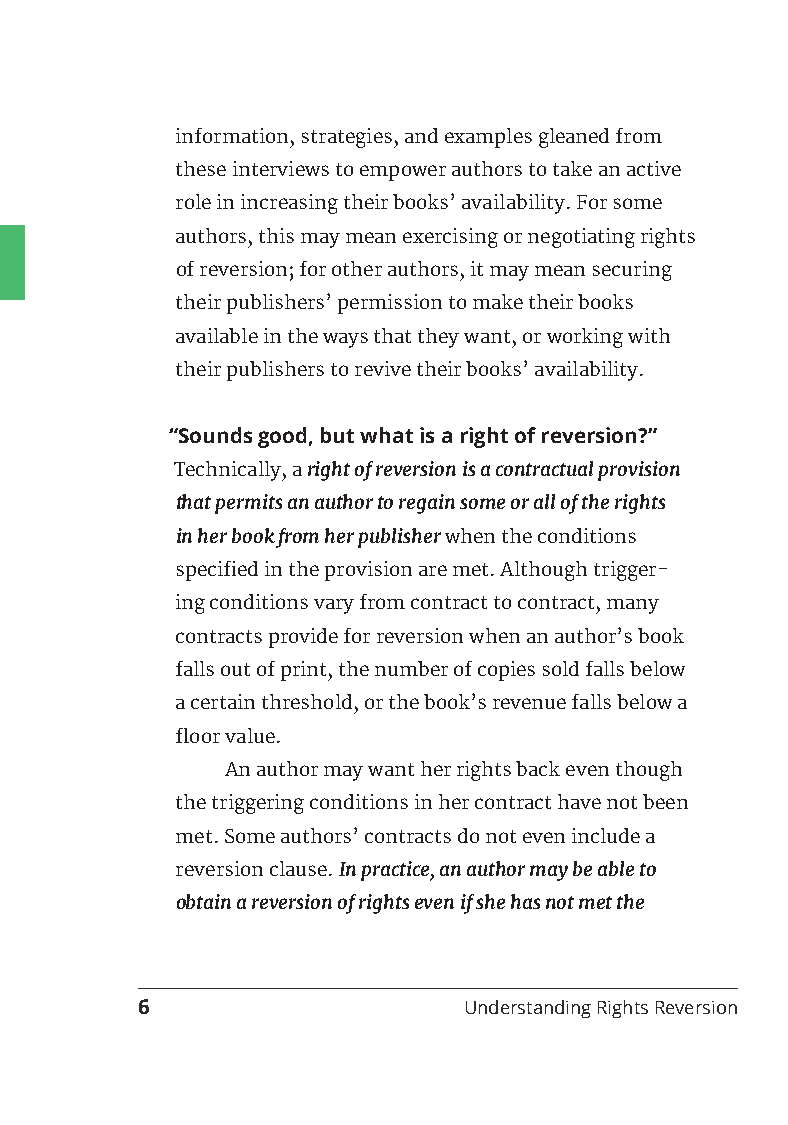
information, strategies, and examples gleaned from
 these interviews to empower authors to take an active
 role in increasing their books’ availability. For some
 authors, this may mean exercising or negotiating rights
 of reversion; for other authors, it may mean securing
 their publishers’ permission to make their books
 available in the ways that they want, or working with
 their publishers to revive their books’ availability.
 “Sounds good, but what is a right of reversion?”
 Technically, a right of reversion is a contractual provision
 that permits an author to regain some or all of the rights
 in her book from her publisher when the conditions
 specified in the provision are met. Although trigger-
 ing conditions vary from contract to contract, many
 contracts provide for reversion when an author’s book
 falls out of print, the number of copies sold falls below
 a certain threshold, or the book’s revenue falls below a
 floor value.
 An author may want her rights back even though
 the triggering conditions in her contract have not been
 met. Some authors’ contracts do not even include a
 reversion clause. In practice, an author may be able to
 obtain a reversion of rights even if she has not met the
 6                     Understanding Rights Reversion